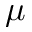
\mu